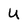
Character: U